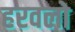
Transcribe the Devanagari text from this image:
हरवलो